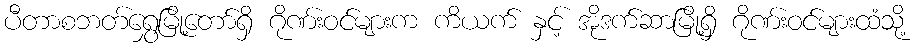
ပီတာစဘတ်ရွှေမြို့တော်ရှိ ဂိုဏ်းဝင်များက ကိယက် နှင့် အိုဒက်ဆာမြို့ရှိ ဂိုဏ်းဝင်များထံသို့